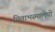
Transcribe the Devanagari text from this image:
चिताभस्मालेपो